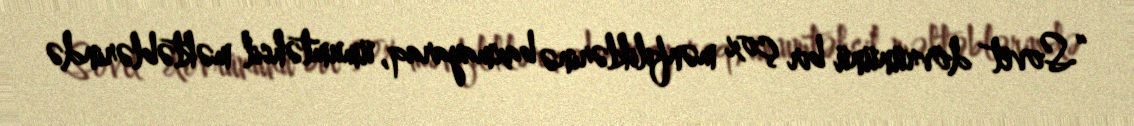
“Sovet dövrününü bir çox mənfiliklərinə baxmayaraq, ümumtəhsil məktəblərində